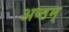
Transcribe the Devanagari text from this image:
अष्ठम्‌